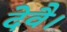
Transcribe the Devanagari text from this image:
देवै।